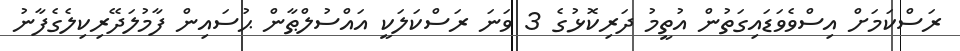
ރަސްކަމަށް އިސްވެވަޑައިގަތުން އުތީމު ދަރިކޮޅުގެ 3 ވަނަ ރަސްކަލަކީ އައްސުލްޠާން ޙުސައިން ފާމުލަދޭރިކިލެގެފާނު